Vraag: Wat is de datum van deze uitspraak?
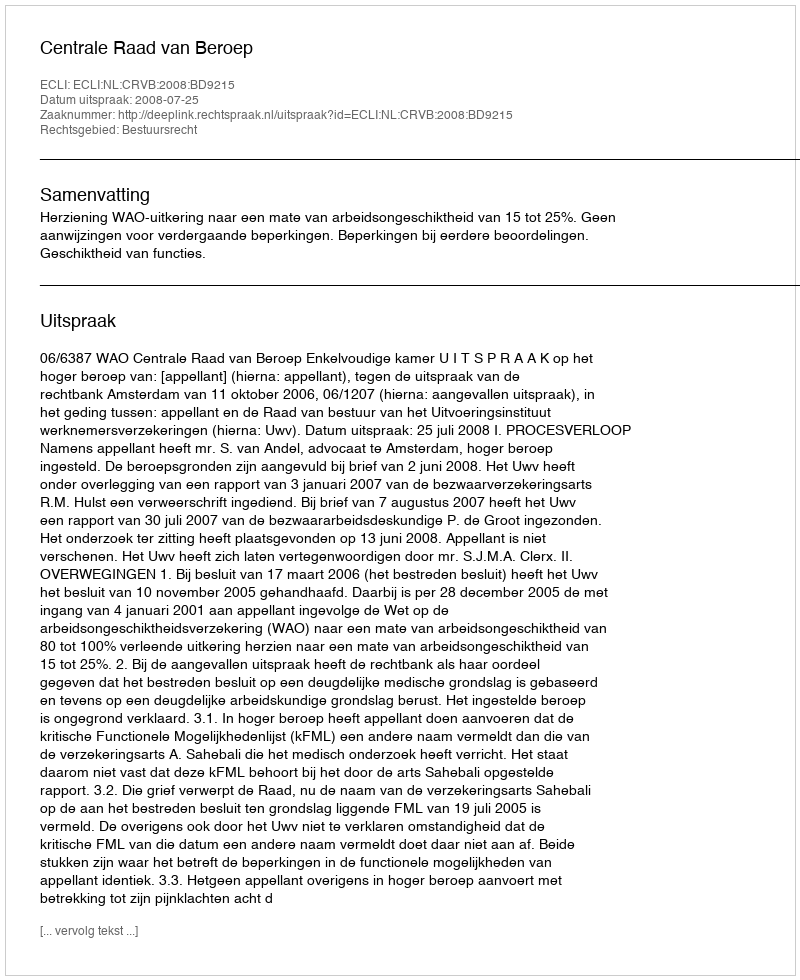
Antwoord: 2008-07-25